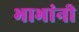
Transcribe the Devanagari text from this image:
भाभांनी